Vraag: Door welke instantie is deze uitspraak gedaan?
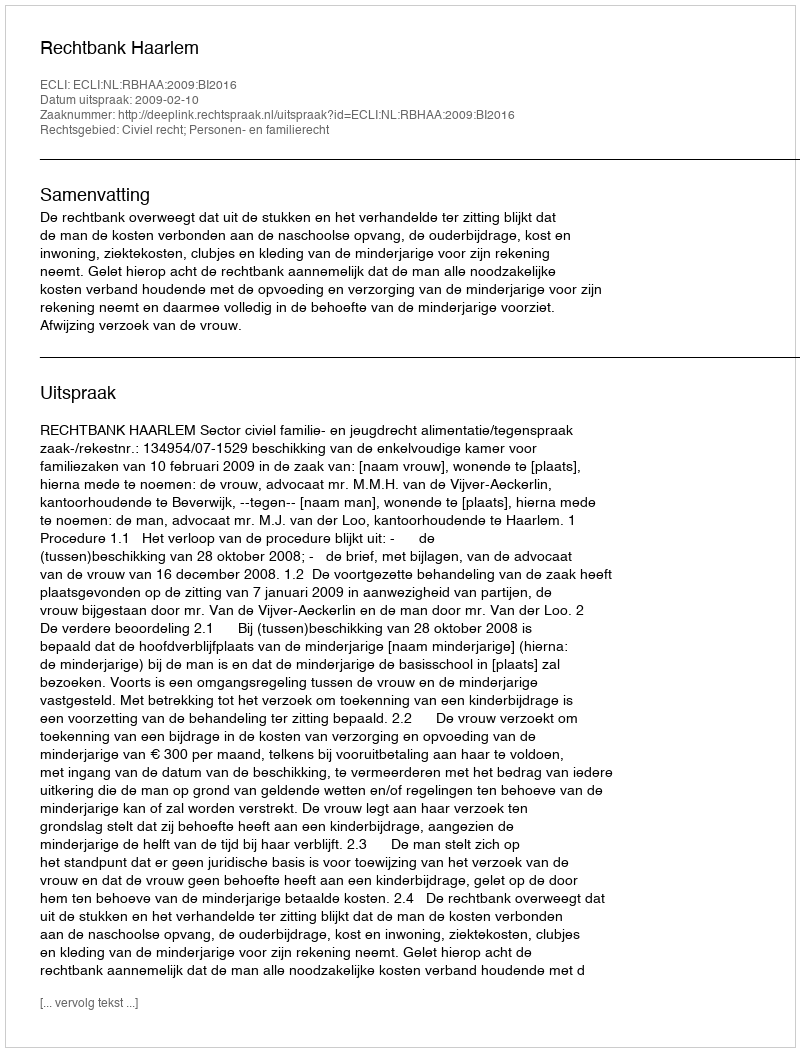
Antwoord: Rechtbank Haarlem